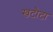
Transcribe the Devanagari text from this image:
खटौटा